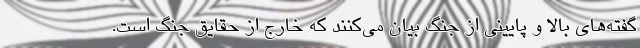
گفته‌های بالا و پایینی از جنگ بیان می‌کنند که خارج از حقایق جنگ است.